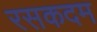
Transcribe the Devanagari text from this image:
रसकदम